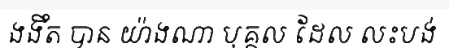
ងងឹត បាន យ៉ាងណា បុគ្គល ដែល លះបង់